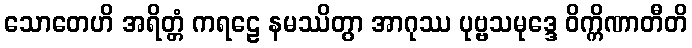
သောတေဟိ အရိတ္တံ ကရဠေ နမဿိတွာ အာဂုဿ ပုဗ္ဗသမုဒ္ဒေ ဝိက္ကိဏာတီတိ